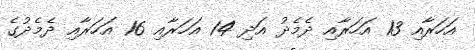
އަހަރާއި 13 އަހަރާއި ދެމެދު އަދި 14 އަހަރާއި 16 އަހަރާއި ދެމެދުގެ